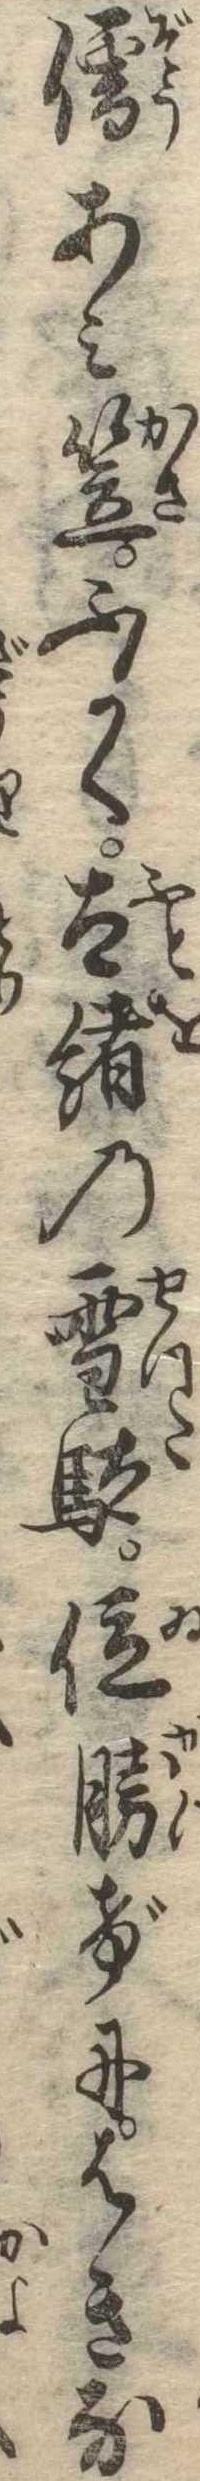
僧あみ笠ふかく太緒の雪踏位勝げにはきな